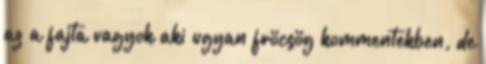
az a fajta vagyok aki ugyan fröcsög kommentekben, de